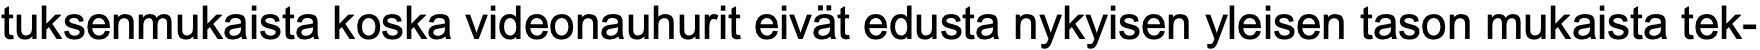
tuksenmukaista koska videonauhurit eivät edusta nykyisen yleisen tason mukaista tek-